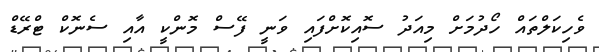
ވެހިކަލްތައް ހޯދުމަށް މިއަދު ސޮއިކޮށްފައި ވަނީ ފޭސް މޮންކީ އާއި ސެނޮކް ޓްރޭޑް